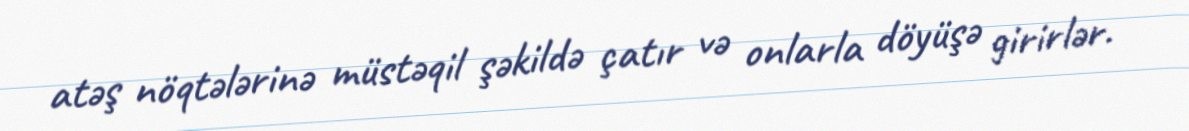
atəş nöqtələrinə müstəqil şəkildə çatır və onlarla döyüşə girirlər.